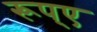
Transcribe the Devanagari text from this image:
रूप्ए